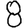
Digit: 8